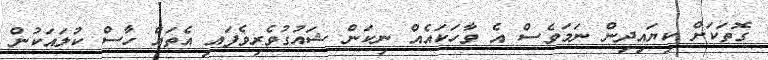
ގޮތަކަށް ކިޔައިދިން ނަމަވެސް އެ ވާހަކައެއް ނިކަން ޝައުގުވެރިވެފައި އެތައް ހާސް ކުލައަކުން